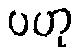
ပဟု